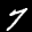
Label: 7